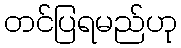
တင်ပြရမည်ဟု